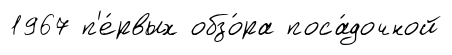
1967 п'е́рвых обзо́ра поса́дочной